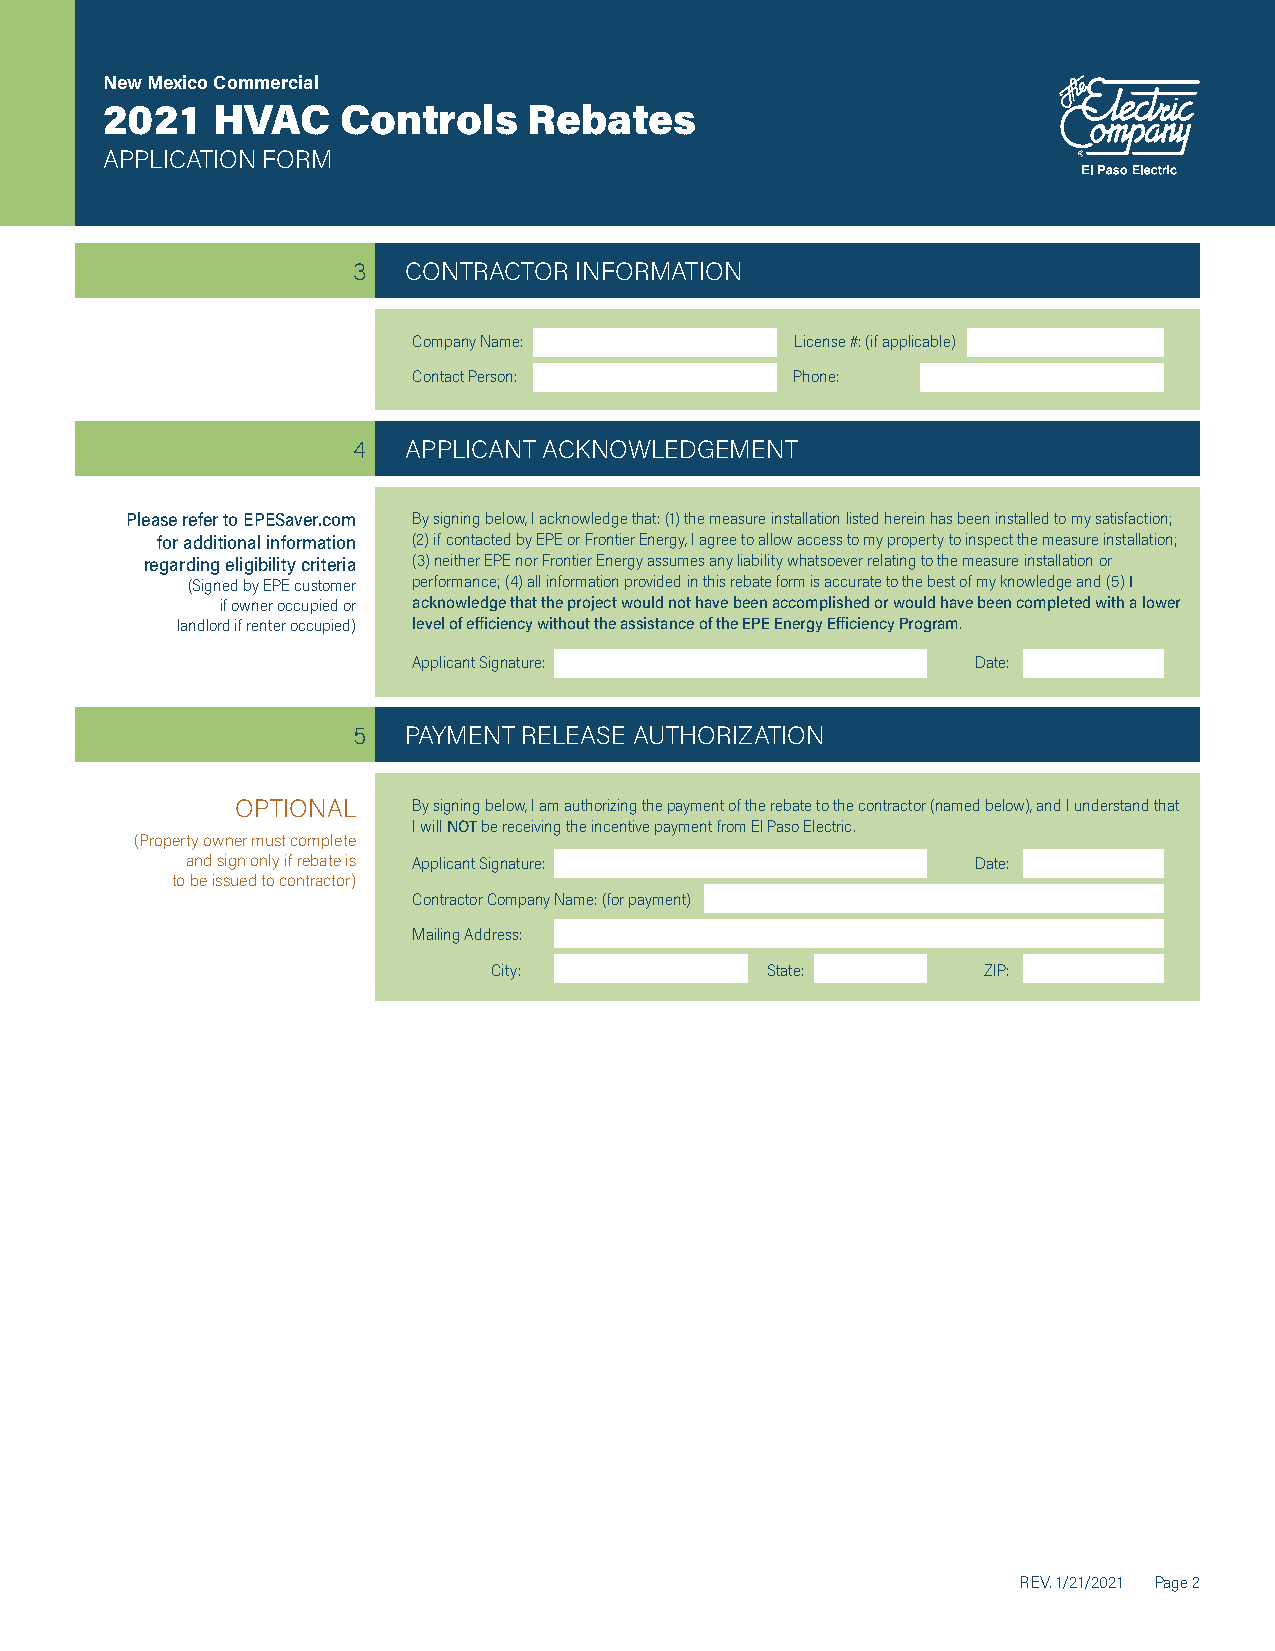
New Mexico Commercial
 2021   HVAC     Controls    Rebates
 APPLICATION FORM
 3   CONTRACTOR INFORMATION
 Company Name:             License #: (if applicable)
 Contact Person:           Phone:
 4   APPLICANT ACKNOWLEDGEMENT
 Please refer to EPESaver.com By signing below, I acknowledge that: (1) the measure installation listed herein has been installed to my satisfaction;
 for additional information (2) if contacted by EPE or Frontier Energy, I agree to allow access to my property to inspect the measure installation;
 regarding eligibility criteria (3) neither EPE nor Frontier Energy assumes any liability whatsoever relating to the measure installation or
 (Signed by EPE customer performance; (4) all information provided in this rebate form is accurate to the best of my knowledge and (5) I
 if owner occupied or acknowledge that the project would not have been accomplished or would have been completed with a lower
 landlord if renter occupied) level of efficiency without the assistance of the EPE Energy Efficiency Program.
 Applicant Signature:                  Date:
 5   PAYMENT RELEASE AUTHORIZATION
 OPTIONAL   By signing below, I am authorizing the payment of the rebate to the contractor (named below), and I understand that
 I will NOT be receiving the incentive payment from El Paso Electric.
 (Property owner must complete
 and sign only if rebate is Applicant Signature:      Date:
 to be issued to contractor)
 Contractor Company Name: (for payment)
 Mailing Address:
 City:             State:        ZIP:
 REV. 1/21/2021 Page 2